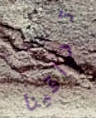
تراقبنا